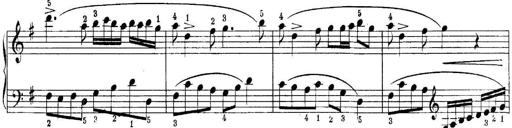
Title: Quatres sonatines
Composer: Tadeusz Joteyko